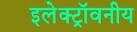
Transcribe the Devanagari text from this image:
इलेक्ट्रॉवनीय